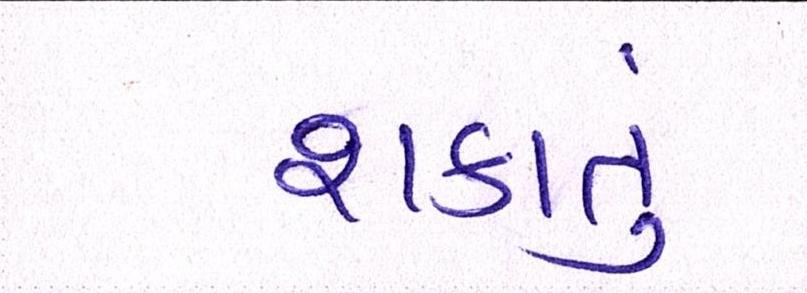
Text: શકાતું